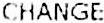
CHANGE